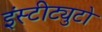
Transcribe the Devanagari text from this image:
इंस्टीट्युटो